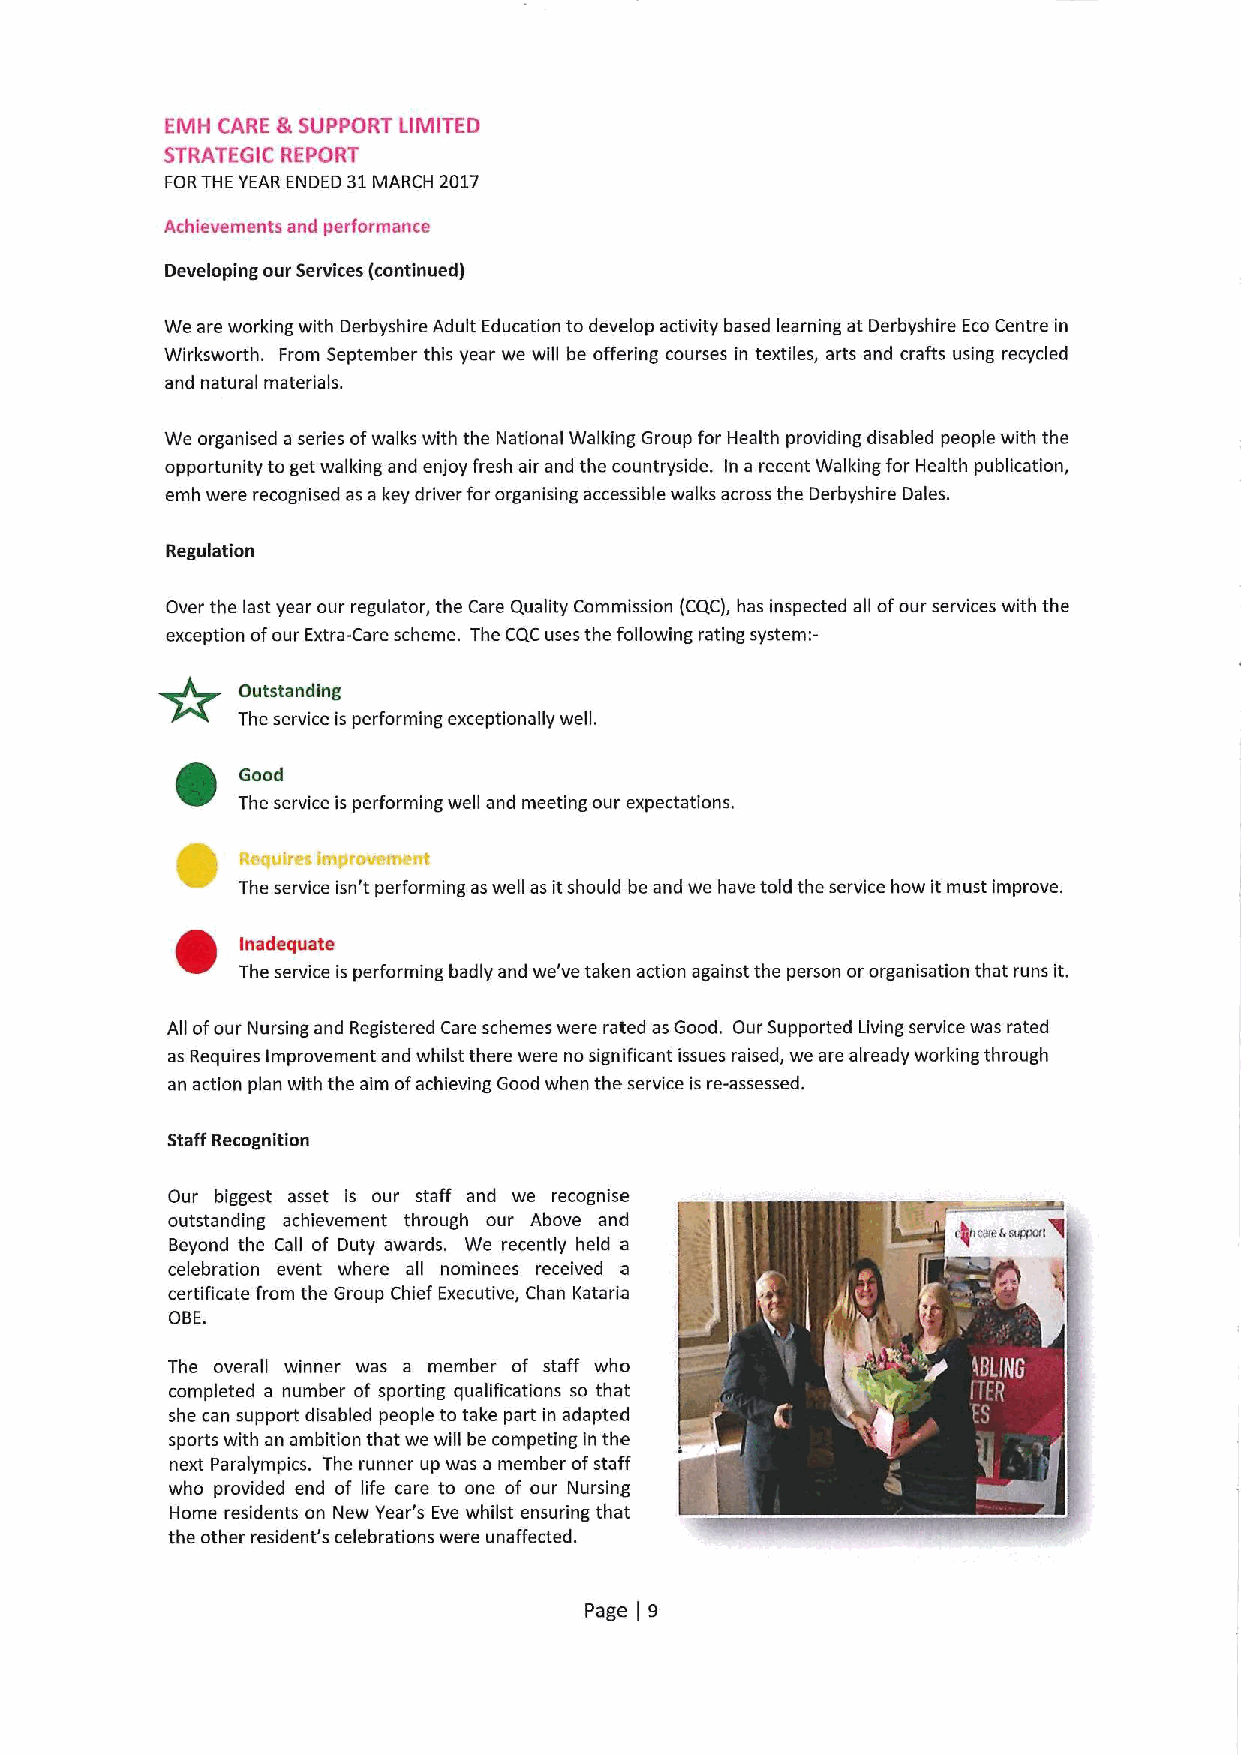
EMH CARE &SUPPORT LIMITED
 STRATEGIC REPORT
 FORTHE YEAR ENDED 31MARCH 2017
 Achievements and performance
 Developing our Services (continued)
 We are working with Derbyshire Adult Education to develop activity based learning at Derbyshire EcoCentre in
 Wirksworth. From September this year we will be offering courses in textiles, arts and crafts using recycled
 and natural materials.
 We organised a series ofwalks with the National Walking Group for Health providing disabled people with the
 opportunity toget walking and enjoy fresh air and the countryside. In a recent Walking for Health publication,
 emh were recognised as a key driver for arganising accessible walks across the Derbyshire Dales.
 Regulation
 Over the last year our regulator, the Care Quality Commission (CQC), has inspected all ofour services with the
 exception ofour Extra-Care scheme. The CQC uses the following rating system:-
 Outstanding
 The service is performing exceptionally well.
 Good
 The service is performing well and meeting our expectations.
 The service isn't performing aswell as itshould be and we have told the service how it must Improve.
 Inadequate
 The service is performing badly and we've taken action against the person or organisation that runs it.
 All ofour Nursing and Registered Care schemes were rated as Good. Our Supported Living service was rated
 as Requires Improvement and whilst there were no significant issues raised, we are already working through
 an action plan with the aim ofachieving Good when the service is re-assessed.
 Staff Recognition
 Our biggest asset is our staff and we recognise
 outstanding achievement through our Above and       ycws~i3
 Beyond the Call of Duty awards. We recently held a
 celebration event where all nominees received a
 certificate from the Group Chief Executive, Chan Kataria
 ORE.
 The overall winner was a member of staff wha
 completed a number of sporting qualificatians so that
 she can support disabled people to take part in adapted
 sports with an ambition that we will be competing in the
 next Paralympics. The runner up was a member afstaff
 who provided end of life care to one of our Nursing
 Home residents on New Year's Eve whilst ensuring that
 the other resident's celebrations were unaffected.
 page 9
 j